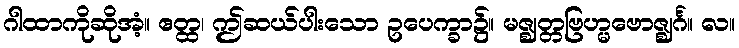
ဂါထာကိုဆိုအံ့။ ဧတ္ထ၊ ဤဆယ်ပါးသော ဥပေက္ခာ၌။ မဇ္ဈတ္တဗြဟ္မဗောဇ္ဈင်္ဂ။ လ။